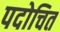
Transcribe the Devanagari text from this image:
पदोचित